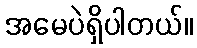
အမေပဲရှိပါတယ်။